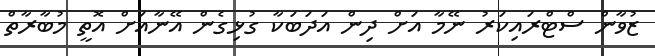
ޒުވާން ސްޓްރައިކަރު ނޭމާ އަށް ދިން އަދަބަކާ ގުޅިގެން އޭނާއަށް އޮތީ މުބާރާތް